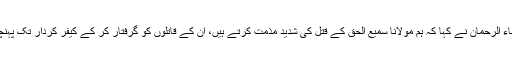
مولانا عطاء الرحمان نے کہا کہ ہم مولانا سمیع الحق کے قتل کی شدید مذمت کرتے ہیں، ان کے قاتلوں کو گرفتار کر کے کیفر کردار تک پہنچایا جائے۔